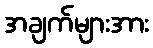
အချက်များအား